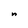
Character: n